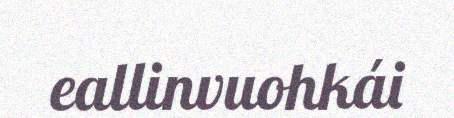
eallinvuohkái